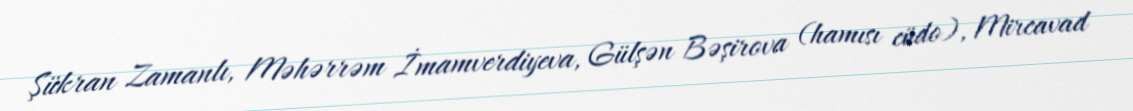
Şükran Zamanlı, Məhərrəm İmamverdiyeva, Gülşən Bəşirova (hamısı cüdo), Mircavad